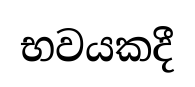
භවයකදී